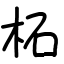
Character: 柘